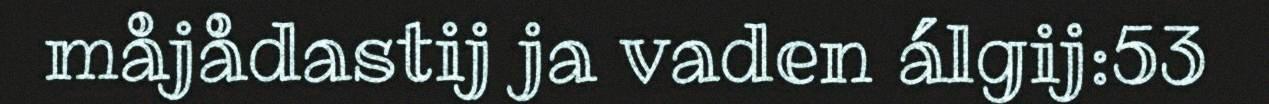
måjådastij ja vaden álgij:53